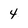
Character: 4